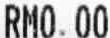
RM0.00